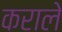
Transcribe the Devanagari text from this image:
कराले